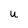
Character: u